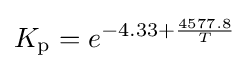
K_{\mathrm {p} }=e^{-4.33+{\frac {4577.8}{T}}}